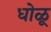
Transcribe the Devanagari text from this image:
धोळू